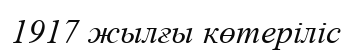
1917 жылғы көтеріліс